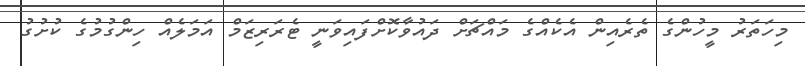
މިހަތަރު މީހުންގެ ތެރެއިން އެކެއްގެ މައްޗަށް ދައުވާކޮށްފައިވަނީ ޓެރަރިޒަމް އަމަލެއް ހިންގުމުގެ ކުށުގު